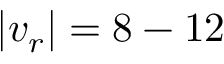
| v _ { r } | = 8 - 1 2